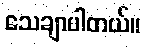
သေချာပါတယ်။